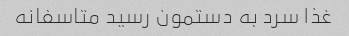
غذا سرد به دستمون رسید متاسفانه